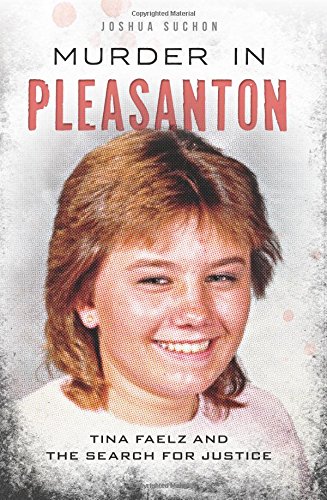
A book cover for Murder in Pleasanton: Tina Faelz and the Search for Justice; Joshua Suchon; Biographies & Memoirs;